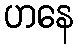
ဟနေ